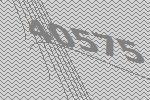
40575